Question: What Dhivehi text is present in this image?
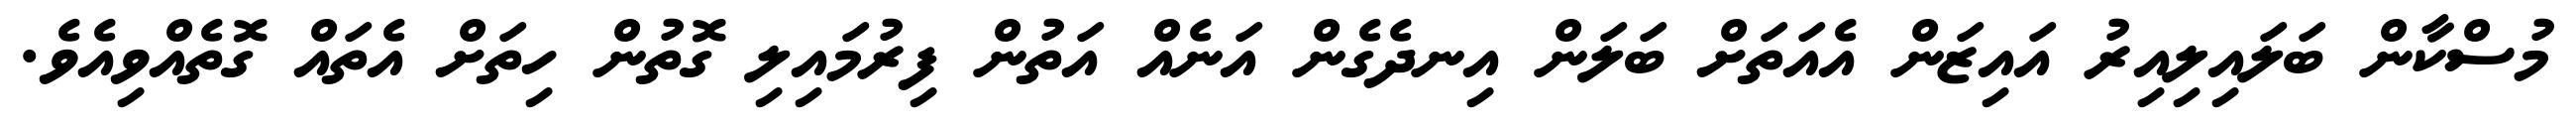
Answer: މުސްކާން ބަލައިލިއިރު އައިޒަން އެއަތަށް ބަލަން އިނދެގެން އަނެއް އަތުން ފިރުމައިލި ގޮތުން ހިތަށް އެތައް ގޮތެއްވިއެވެ.